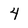
Character: 4